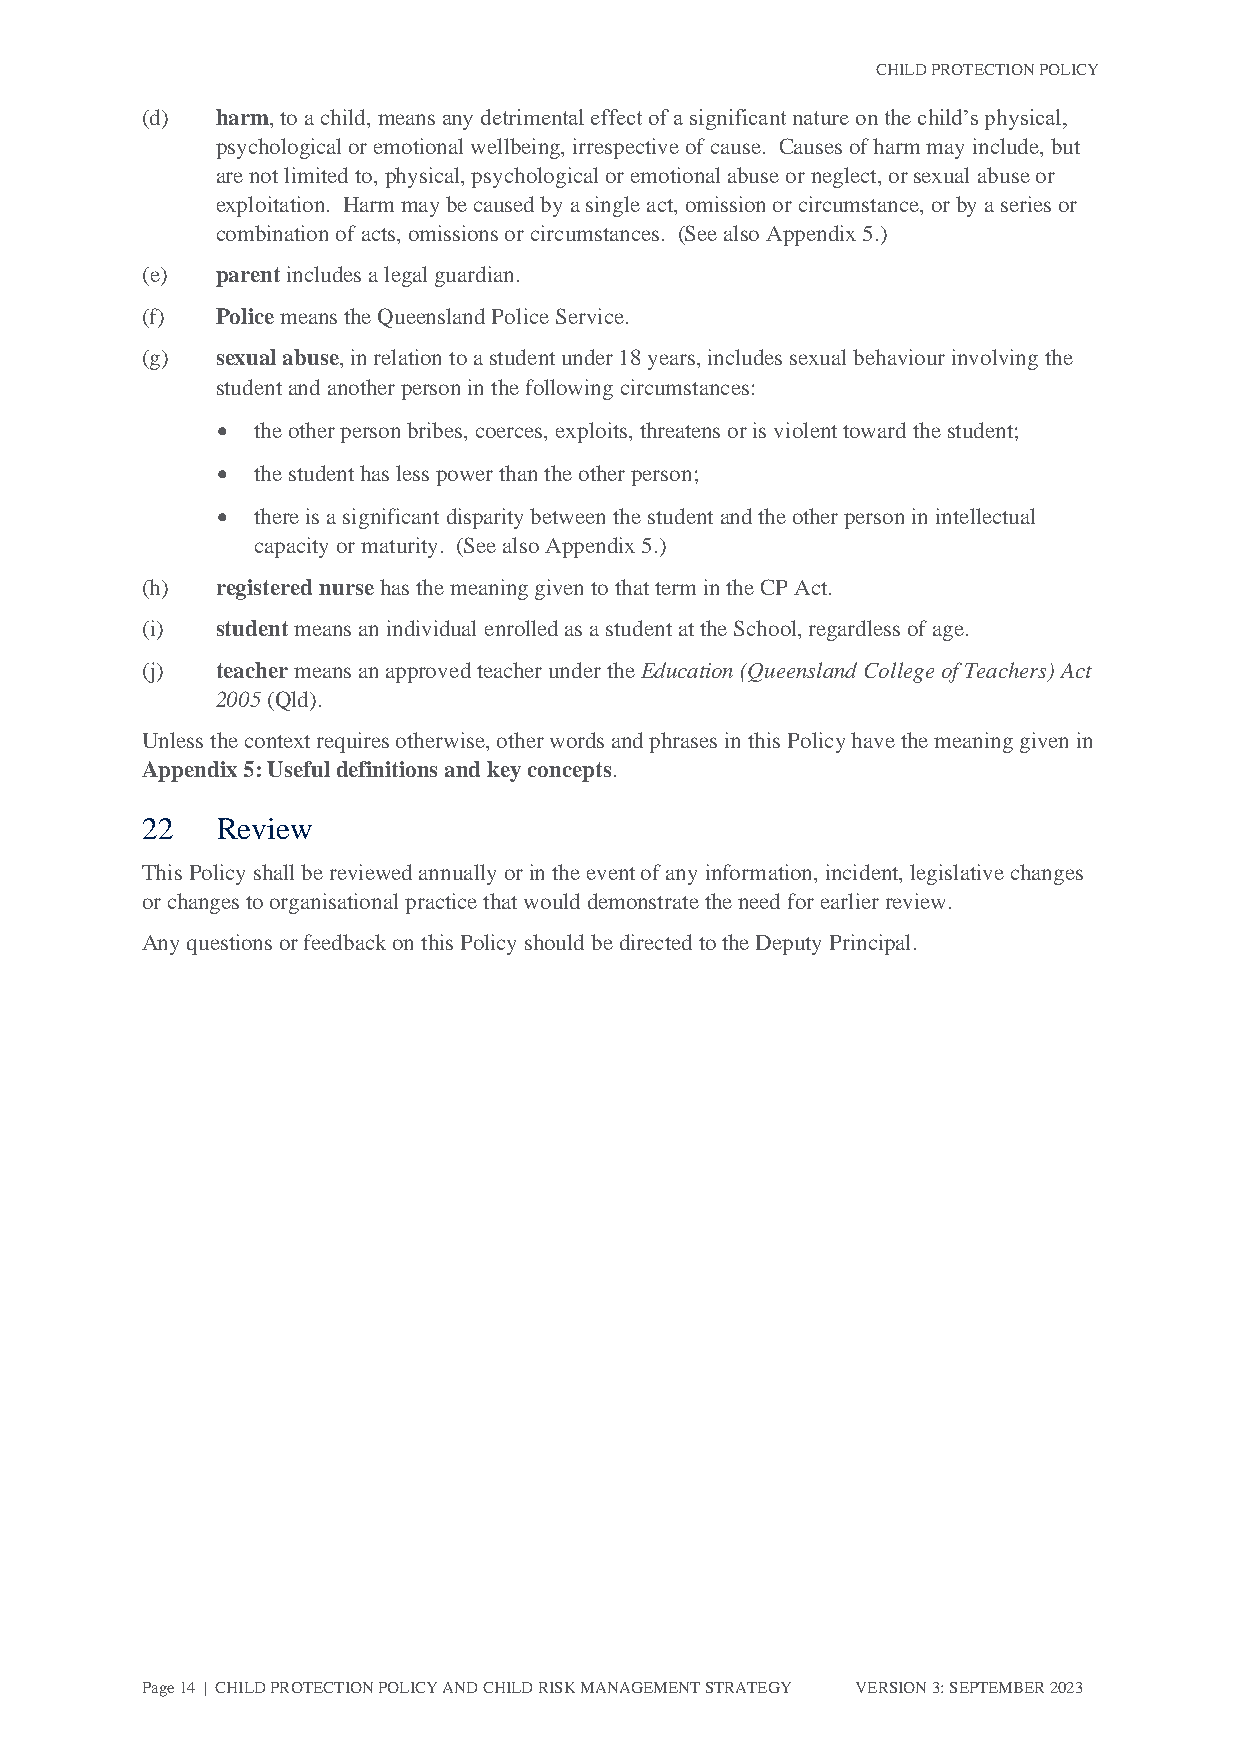
CHILD PROTECTION POLICY
 (d)  harm, to a child, means any detrimental effect of a significant nature on the child’s physical,
 psychological or emotional wellbeing, irrespective of cause. Causes of harm may include, but
 are not limited to, physical, psychological or emotional abuse or neglect, or sexual abuse or
 exploitation. Harm may be caused by a single act, omission or circumstance, or by a series or
 combination of acts, omissions or circumstances. (See also Appendix 5.)
 (e)  parent includes a legal guardian.
 (f)  Police means the Queensland Police Service.
 (g)  sexual abuse, in relation to a student under 18 years, includes sexual behaviour involving the
 student and another person in the following circumstances:
 •  the other person bribes, coerces, exploits, threatens or is violent toward the student;
 •  the student has less power than the other person;
 •  there is a significant disparity between the student and the other person in intellectual
 capacity or maturity. (See also Appendix 5.)
 (h)  registered nurse has the meaning given to that term in the CP Act.
 (i)  student means an individual enrolled as a student at the School, regardless of age.
 (j)  teacher means an approved teacher under the Education (Queensland College of Teachers) Act
 2005 (Qld).
 Unless the context requires otherwise, other words and phrases in this Policy have the meaning given in
 Appendix 5: Useful definitions and key concepts.
 22   Review
 This Policy shall be reviewed annually or in the event of any information, incident, legislative changes
 or changes to organisational practice that would demonstrate the need for earlier review.
 Any questions or feedback on this Policy should be directed to the Deputy Principal.
 Page 14 | CHILD PROTECTION POLICY AND CHILD RISK MANAGEMENT STRATEGY VERSION 3: SEPTEMBER 2023